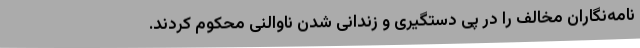
نامه‌نگاران مخالف را در پی دستگیری و زندانی شدن ناوالنی محکوم کردند.